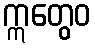
ဣတွေဝ